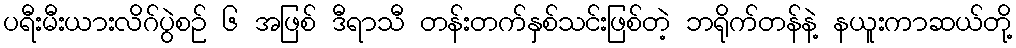
ပရီးမီးယားလိဂ်ပွဲစဉ် ၆ အဖြစ် ဒီရာသီ တန်းတက်နှစ်သင်းဖြစ်တဲ့ ဘရိုက်တန်နဲ့ နယူးကာဆယ်တို့